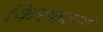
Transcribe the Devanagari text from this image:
किरणवली